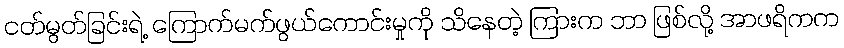
ငတ်မွတ်ခြင်းရဲ့ ကြောက်မက်ဖွယ်ကောင်းမှုကို သိနေတဲ့ ကြားက ဘာ ဖြစ်လို့ အာဖရိကက